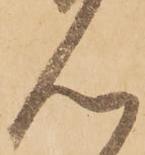
ん